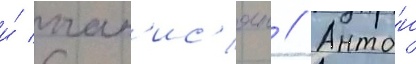
и́ оган'ис'ян // Анто́н